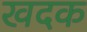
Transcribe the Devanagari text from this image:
खदक